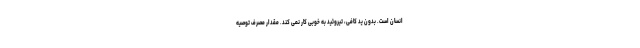
انسان است. بدون ید کافی، تیروئید به خوبی کار نمی کند. مقدار مصرف توصیه